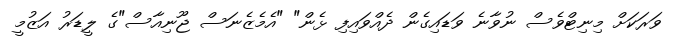
ވަރަކަށް މިނިޓްވެސް ނުވާނެ ވަޑައިގެން ދެއްވައިފި ޅެން" "އެމެޒެނަސް ޖޫނިއާސް"ގެ ލީޑަރު އަޒުމީ